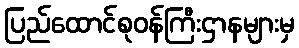
ပြည်ထောင်စုဝန်ကြီးဌာနများမှ